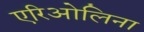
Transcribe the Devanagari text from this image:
एरिओलिना